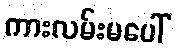
ကားလမ်းမပေါ်